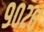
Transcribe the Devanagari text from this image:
९०२६